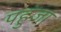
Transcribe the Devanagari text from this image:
पहुंजा